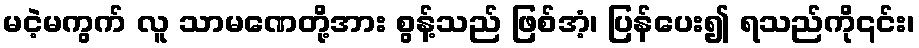
မငဲ့မကွက် လူ သာမဏေတို့အား စွန့်သည် ဖြစ်အံ့၊ ပြန်ပေး၍ ရသည်ကို၎င်း၊